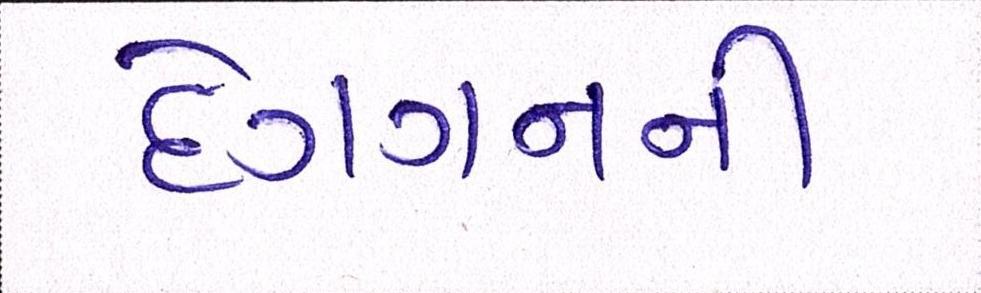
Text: દેવગનની